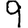
Digit: 9